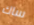
ساك